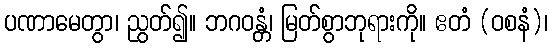
ပဏာမေတွာ၊ ညွတ်၍။ ဘဂဝန္တံ၊ မြတ်စွာဘုရားကို။ ဧတံ (ဝစနံ)၊